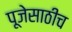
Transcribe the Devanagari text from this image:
पूजेसाठीच